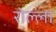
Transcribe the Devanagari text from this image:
रोल्ला